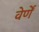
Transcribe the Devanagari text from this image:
वेर्णें